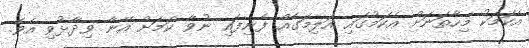
އެކަމަކު މިހާތަނަށް އެކަމުގައި އަލިމަގެއް ފެނިފައި ނުވާ ކަމަށް އޭނާ ވިދާޅުވި އެވެ.